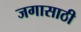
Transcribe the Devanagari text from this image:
जगासाठी